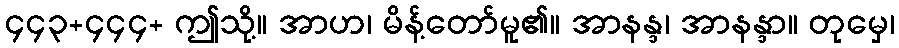
၄၄၃+၄၄၄+ ဤသို့။ အာဟ၊ မိန့်တော်မူ၏။ အာနန္ဒ၊ အာနန္ဒာ။ တုမှေ၊